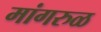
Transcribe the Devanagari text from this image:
मांगरुळ